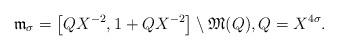
LaTeX: \begin{align*} \mathfrak m_{\sigma} = \big[ QX^{-2}, 1+QX^{-2} \big] \setminus \mathfrak M(Q), Q = X^{4\sigma}.\end{align*}